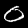
Digit: 0